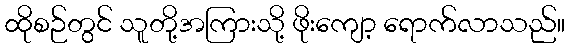
ထိုစဉ်တွင် သူတို့အကြားသို့ ဖိုးကျော့ ရောက်လာသည်။